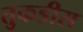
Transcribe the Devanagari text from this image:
तुकडीस